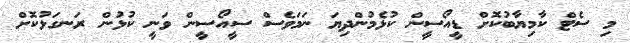
މި ސެޓް ކާމިޔާބުކޮށް ޑީއޯސީން ކުޅެމުންދިޔަ ނަމަވެސް ސީއޯސީން ވަނީ ކުޅުން ރަނގަޅުކޮށް